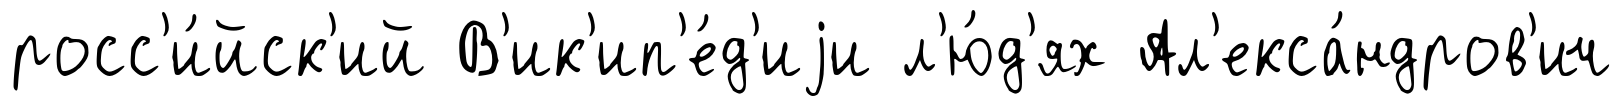
росс'и́йск'ий В'ик'ип'е́д'иjи л'ю́д'ях Ал'екса́ндров'ич